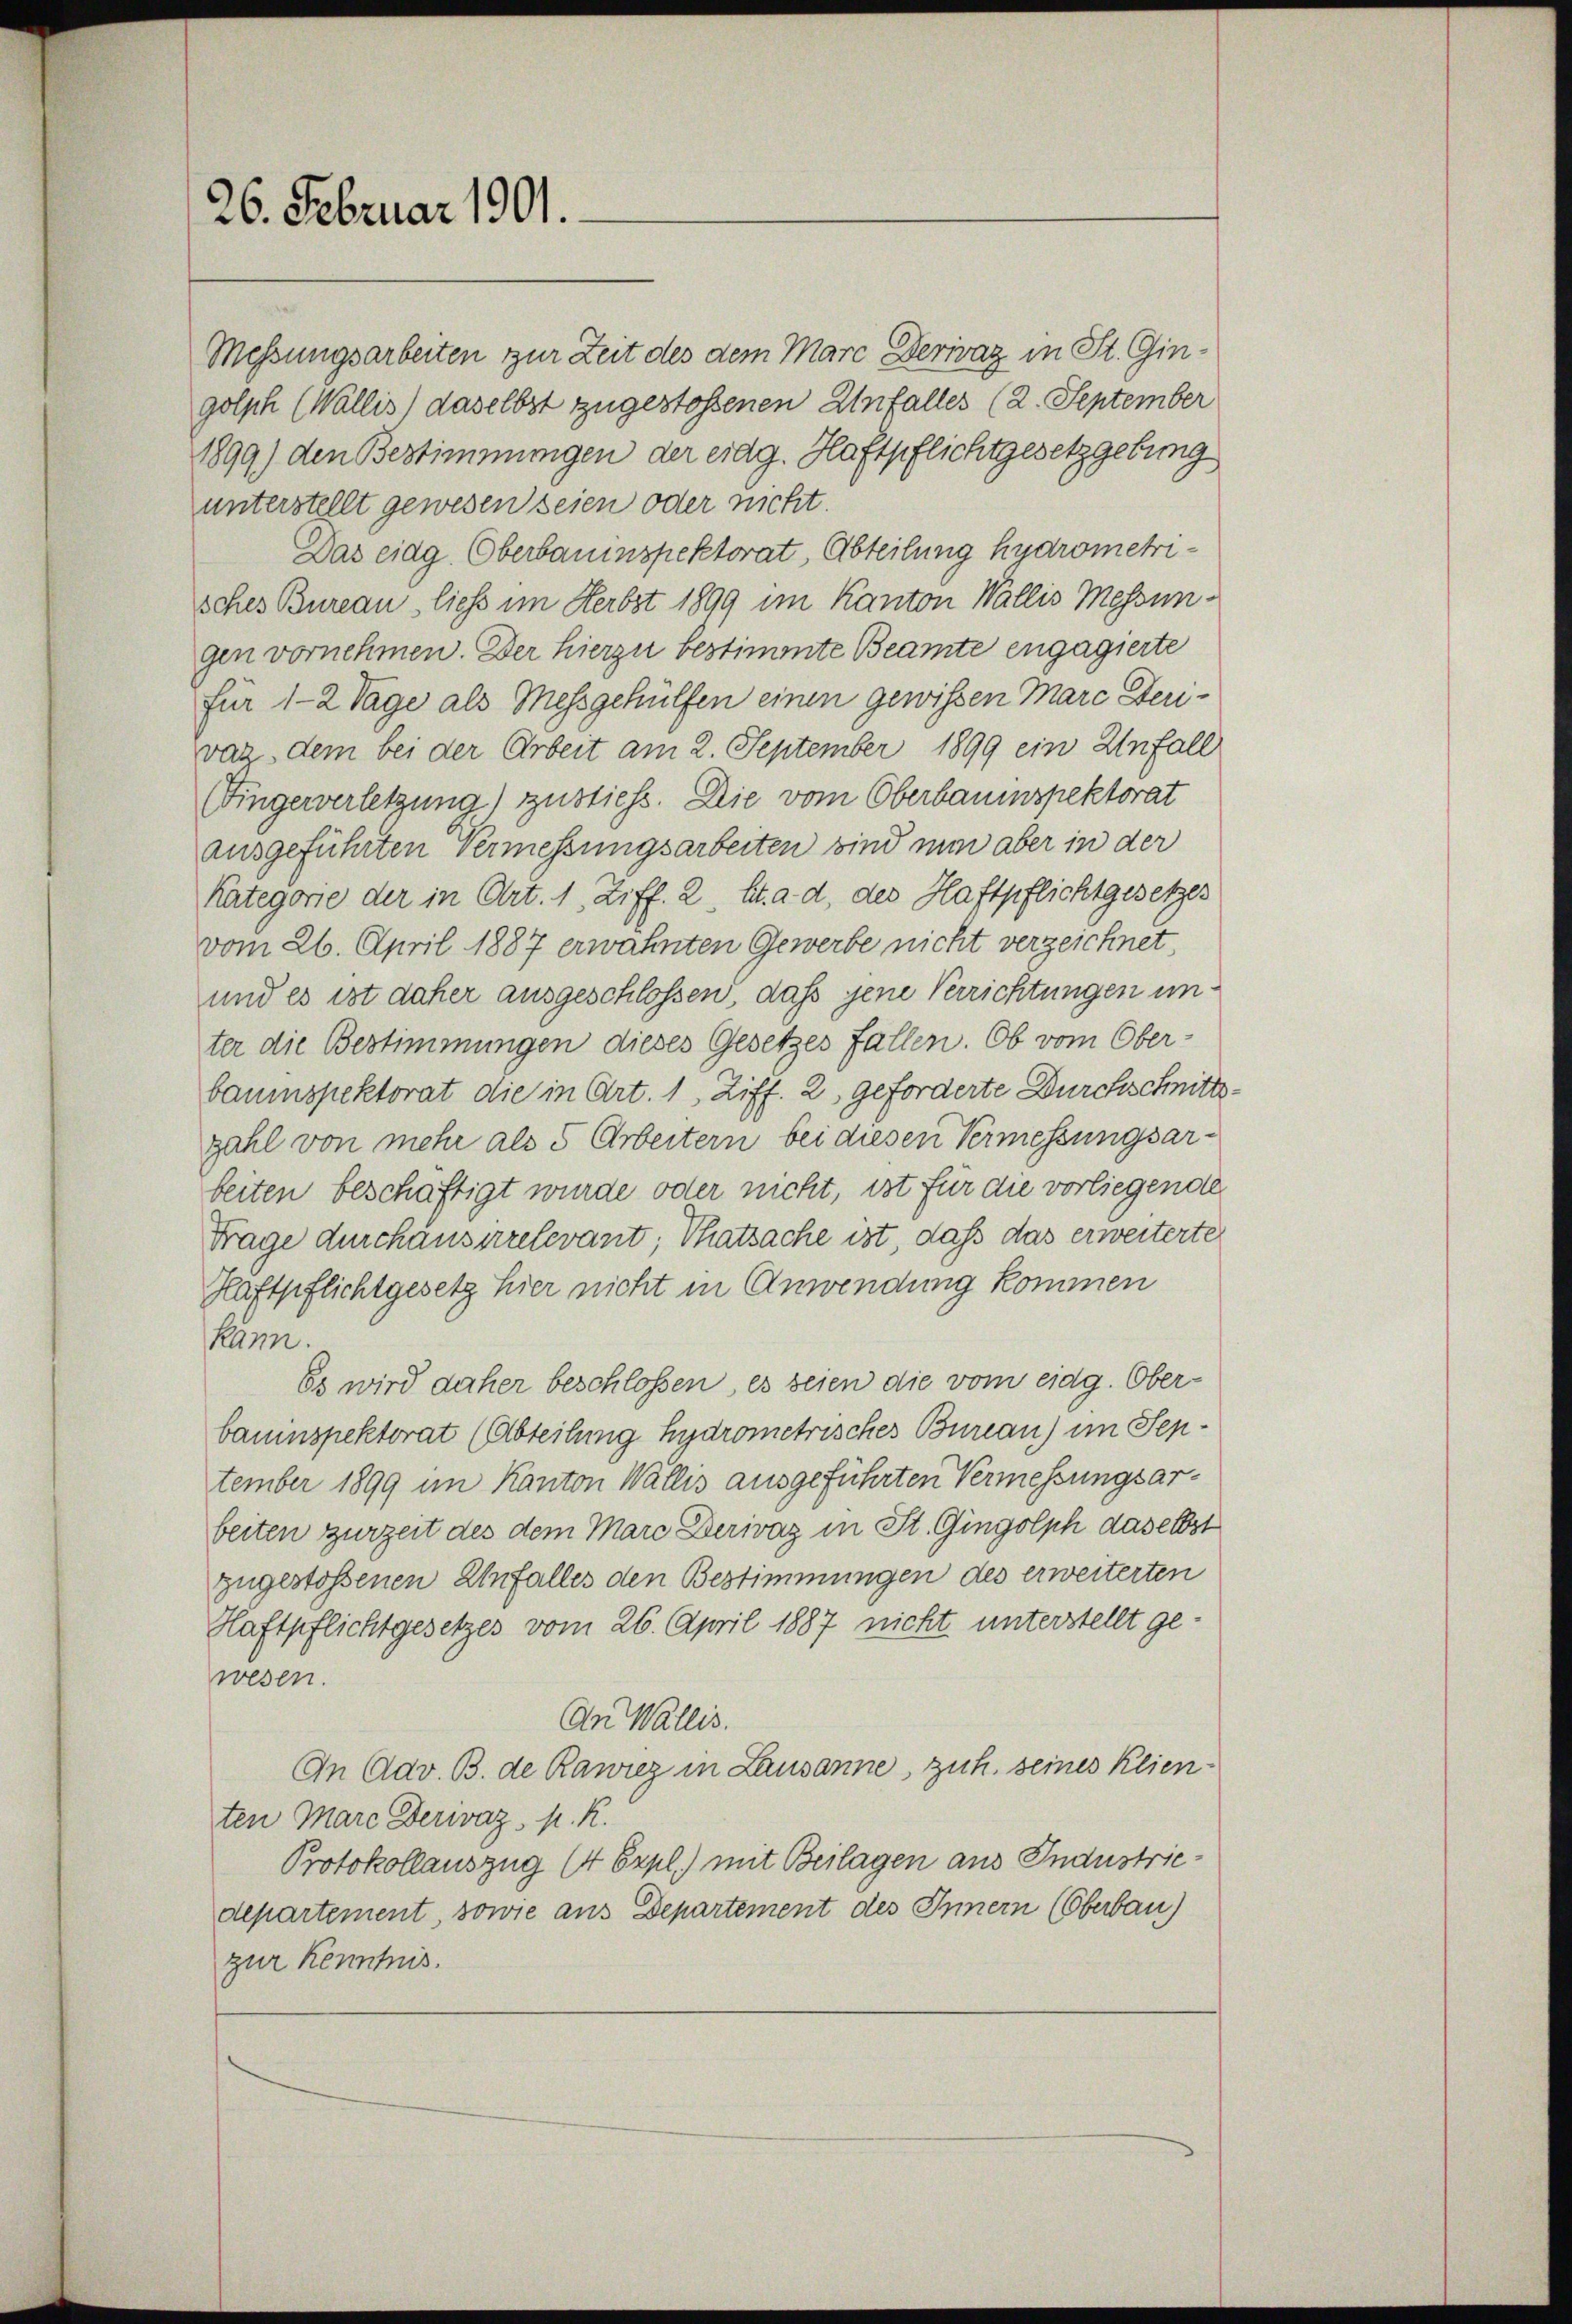
26. Februar 1901.

Messungsarbeiten zur Zeit des dem Marc Devivaz in St. Gingolph (Wallis, daselbst zugestoßenen Unfalles (2. September
1899) den Bestimmungen der eidg. Haftpflichtgesetzgebung
unterstellt gewesen seien oder nicht.
Das eidg. Oberbauinspektorat, Abteilung hydrometrisches Bureau, ließ im Herbst 1899 im Kanton Wallis Messungen vornehmen. Der hierzu bestimmte Beamte engagierte
für 1-2 Tage als Messgehülfen einen gewissen Marc Steriwas dem bei der Arbeit am 2. September 1899 ein Unfall
Fingerverletzung) zustiess. Die vom Oberbauinspektorat
ausgeführten Vermessungsarbeiten sind nun aber in der
Kategorie der in Art. 1, Ziff. 2, lt. a. d. des Haftpflichtgesetzes
vom 26. April 1887 erwähnten Gewerbe nicht verzeichnet,
und es ist daher ausgeschlossen, daß jene Verrichtungen unter die Bestimmungen dieses Gesetzes fallen. Ob vom Ober-
baumspektorat die in Art. 1, Ziff. 2 geforderte Durchschnitt.
zahl von mehr als 5 Arbeitern bei diesen Vermessungsarbeiten beschäftigt wurde oder nicht, ist für die vorliegende
Frage durchauserrelevant; Thatsache ist, daß das erweiterte
Haftpflichtgesetz hier nicht in Anwendung kommen
kann.
Es wird daher beschlossen, es seien die vom eidg. Oberbauinspektorat (Abteilung hydrometrisches Bureau) im September 1899 im Kanton Wallis ausgeführten Vermessungsarbeiten zurzeit des dem Marc Derivaz in St. Gingolph daselbst
zugestoßenen Unfalles den Bestimmungen des erweiterten
Haftpflichtgesetzes vom 26. April 1887 nicht unterstellt gewesen.
An Wallis.
An Adv. B. de Rawrez in Lausanne, zuh. seines Klienten Marc Derivaz, p. K.
Protokollauszug (4 Expl.) mit Beilagen aus Industriedepartement, sowie aus Departement des Innern (Oberbau)
zur Kenntnis.